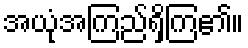
အယုံအကြည်ရှိကြ၏။